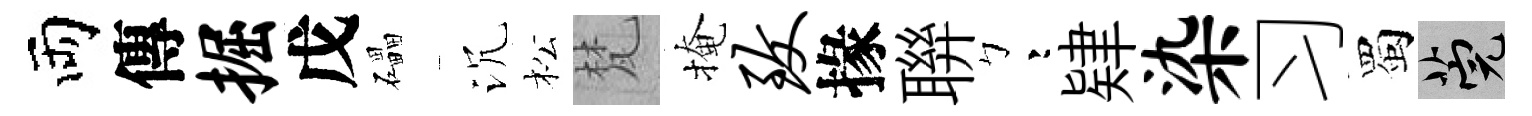
両傳掘戊礧沉松梵掩致掾聨彎肄染习蜀筦